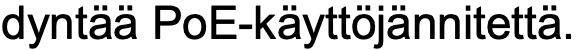
dyntää PoE-käyttöjännitettä.